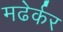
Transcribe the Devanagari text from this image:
मढेर्कर